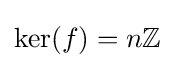
{\text{ker}}(f)=n\mathbb {Z}